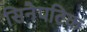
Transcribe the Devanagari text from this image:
सिनैपटिक